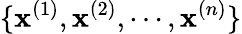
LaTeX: \{ \mathbf{x}^{(1)},\mathbf{x}^{(2)},\cdots,\mathbf{x}^{(n)}\}